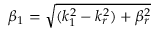
\beta _ { 1 } = \sqrt { ( k _ { 1 } ^ { 2 } - k _ { r } ^ { 2 } ) + \beta _ { r } ^ { 2 } }